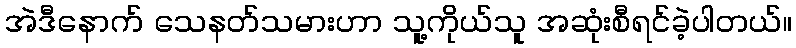
အဲဒီနောက် သေနတ်သမားဟာ သူ့ကိုယ်သူ အဆုံးစီရင်ခဲ့ပါတယ်။